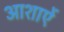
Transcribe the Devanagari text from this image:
आशाऐं